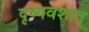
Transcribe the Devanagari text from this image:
दृष्यवशात्